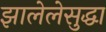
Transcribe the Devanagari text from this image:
झालेलेसुद्धा